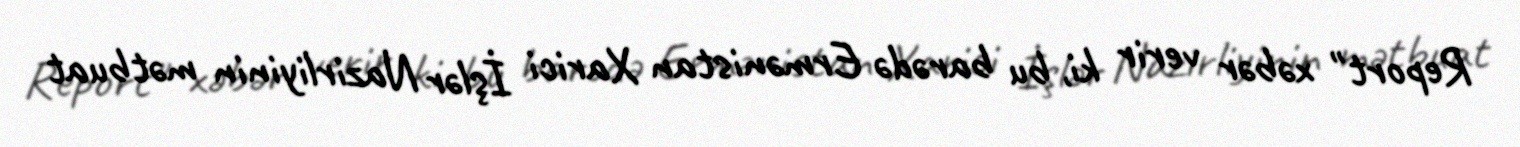
Report" xəbər verir ki, bu barədə Ermənistan Xarici İşlər Nazirliyinin mətbuat